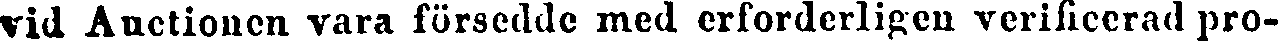
vid Auctionen vara försedde med erforderligen verificerad pro-